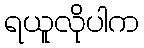
ရယူလိုပါက